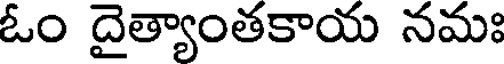
ఓం దైత్యాంతకాయ నమః